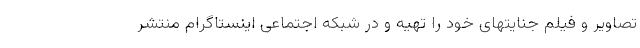
تصاویر و فیلم جنایتهای خود را تهیه و در شبکه اجتماعی اینستاگرام منتشر